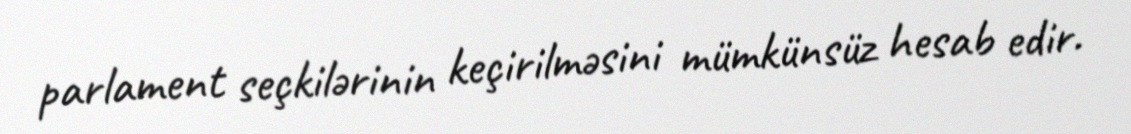
parlament seçkilərinin keçirilməsini mümkünsüz hesab edir.